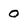
Character: 0